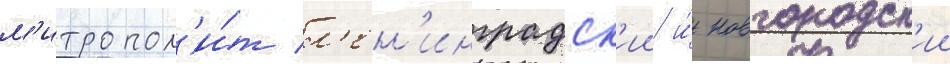
м'итропол'и́т л'ен'инградск'ии и́ новгородск'ии